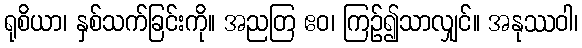
ရုစိယာ၊ နှစ်သက်ခြင်းကို။ အညတြ ဧဝ၊ ကြဉ်၍သာလျှင်။ အနုဿဝါ၊